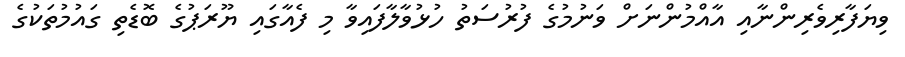
ވިޔަފާރިވެރިންނާއި އާއްމުންނަށް ވަނުމުގެ ފުރުސަތު ހުޅުވާލާފައިވާ މި ފެއާގައި ޔޫރަޕުގެ ބޮޑެތި ގައުމުތަކުގެ